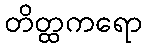
တိတ္ထကရော